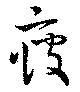
疲